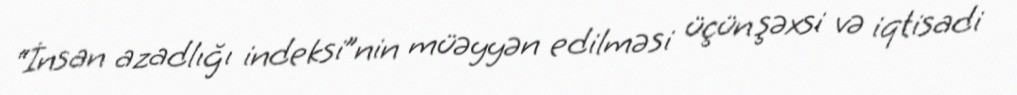
“İnsan azadlığı indeksi”nin müəyyən edilməsi üçün şəxsi və iqtisadi